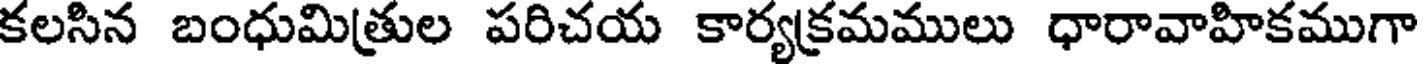
కలసిన బంధుమిత్రుల పరిచయ కార్యక్రమములు ధారావాహికముగా